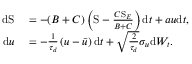
\begin{array} { r l } { \mathrm { d } \mathrm { S } } & { { } = - ( B + C ) \left( \mathrm { S } - \frac { C \mathrm { S } _ { E } } { B + C } \right) \mathrm { d } t + a u \mathrm { d } t , } \\ { \mathrm { d } u } & { { } = - \frac { 1 } { \tau _ { d } } \left( u - \bar { u } \right) \mathrm { d } t + \sqrt { \frac { 2 } { \tau _ { d } } } \sigma _ { u } \mathrm { d } W _ { t } . } \end{array}